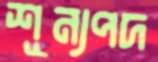
শূন্যপদ